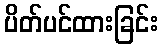
ပိတ်ပင်ထားခြင်း